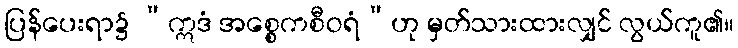
ပြန်ပေးရာ၌ “ဣဒံ အစ္စေကစီဝရံ”ဟု မှတ်သားထားလျှင် လွယ်ကူ၏။